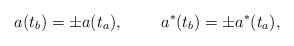
\begin{align*}a(t_b)=\pm a(t_a),~~~~~~~a^*(t_b)=\pm a^*(t_a),~~~\end{align*}